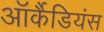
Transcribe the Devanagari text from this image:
ऑर्कैडियंस